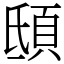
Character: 𩑾